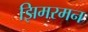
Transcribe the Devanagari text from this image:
झिमरमन